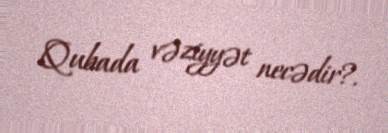
Qubada vəziyyət necədir?.